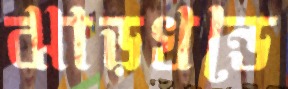
ঝাড়খন্ডে